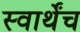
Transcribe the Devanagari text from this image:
स्वार्थेंच